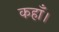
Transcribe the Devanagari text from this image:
कहाँ।